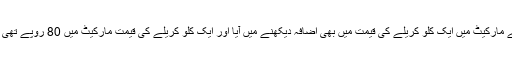
اس کے ساتھ ساتھ دیگر سبزیوں کی قیمتوں میں بھی اضافہ دیکھنے میں آیا ہے مارکیٹ میں ایک کلو کریلے کی قیمت میں بھی اضافہ دیکھنے میں آیا اور ایک کلو کریلے کی قیمت مارکیٹ میں 80 روپے تھی مگر تیس روپے اضافے کے ساتھ کریلے کی قیمت 110 روپے پر پہنچ گئی۔